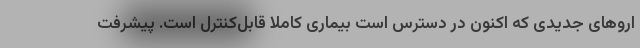
اروهای جدیدی که اکنون در دسترس است بیماری کاملا قابل‌کنترل است. پیشرفت